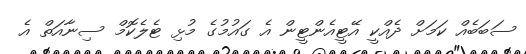
ސަބަބެއް ކަމަށް ދެއްކީ އޭޓީއެންޓީން އެ ގައުމުގެ މުޅި ޓެލެކޮމް ސިނާއަތް އެ